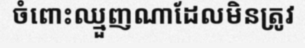
ចំពោះឈ្មួញណាដែលមិនត្រូវ